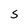
Character: S